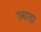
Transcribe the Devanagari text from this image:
लाड़ा